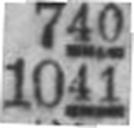
1041